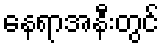
နေရာအနီးတွင်